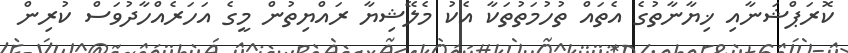
ކޮރަޕްޝަނާއި ޚިޔާނާތުގެ އެތައް ތުހުމަތުތަކާ އެކު މެލޭޝިޔާ ރައްޔިތުން މީގެ އަހަރެއްހާދުވަސް ކުރިން